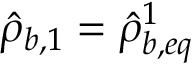
\hat { \rho } _ { b , 1 } = \hat { \rho } _ { b , e q } ^ { 1 }